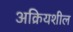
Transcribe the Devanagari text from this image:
अक्रियशील